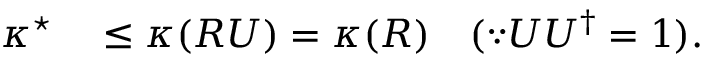
\begin{array} { r l } { \kappa ^ { \star } } & { { } \leq \kappa ( R U ) = \kappa ( R ) \quad ( \because U U ^ { \dagger } = 1 ) . } \end{array}